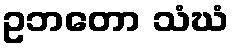
ဥဘတော သံဃံ